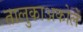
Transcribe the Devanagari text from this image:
तालुकाअकोले